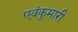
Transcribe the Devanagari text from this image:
एवंकुमारी